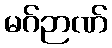
မဂ်ဉာဏ်